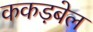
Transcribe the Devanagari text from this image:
ककड़बेल